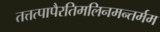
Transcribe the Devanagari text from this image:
तत्तत्पापैरतिमलिनमन्तर्मम